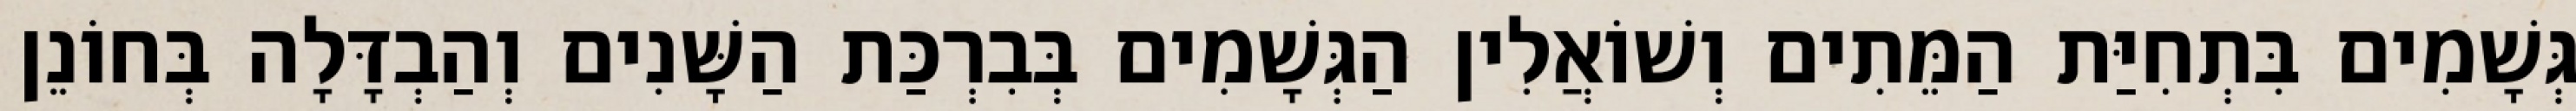
גְּשָׁמִים בִּתְחִיַּת הַמֵּתִים וְשׁוֹאֲלִין הַגְּשָׁמִים בְּבִרְכַּת הַשָּׁנִים וְהַבְדָּלָה בְּחוֹנֵן